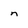
Character: n